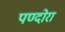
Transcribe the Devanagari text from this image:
पण्दोरा